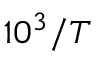
1 0 ^ { 3 } / T